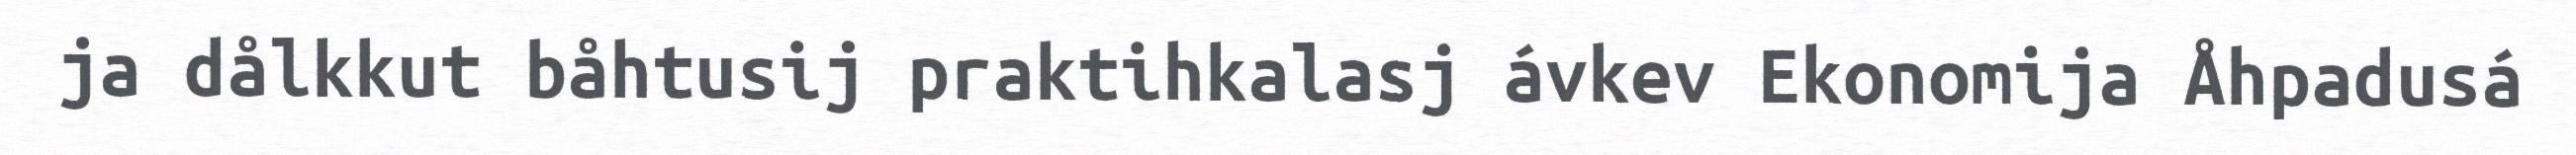
ja dålkkut båhtusij praktihkalasj ávkev Ekonomija Åhpadusá